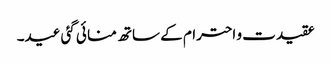
عقیدت و احترام کے ساتھ منا ئی گئی عید۔